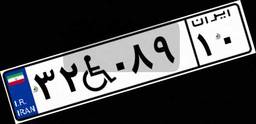
۳۲W۰۸۹۱۰